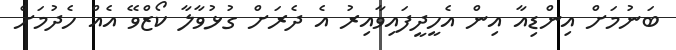
ބަނުމަށް އިންޑިއާ އިން އެހީދީފައިވާއިރު އެ ދެރަށް ގުޅުވާލާ ކޯޒްވޭ އެއް ހެދުމަށް